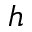
h